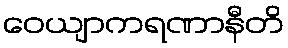
ဝေယျာကရဏာနီတိ